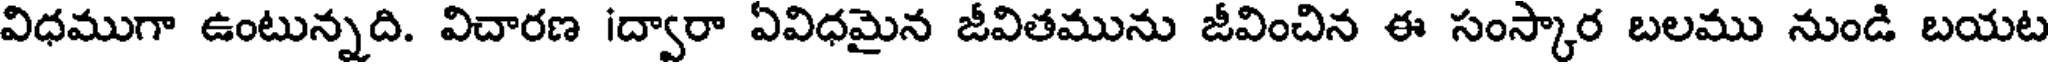
విధముగా ఉంటున్నది. విచారణ iద్వారా ఏవిధమైన జీవితమును జీవించిన ఈ సంస్కార బలము నుండి బయట